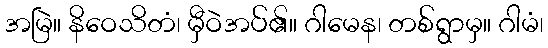
အမြဲ။ နိဝေသိတံ၊ မှီဝဲအပ်၏။ ဂါမေန၊ တစ်ရွာမှ။ ဂါမံ၊